Medical and sanitary report of the native army of Bengal for the year
Year: 1874
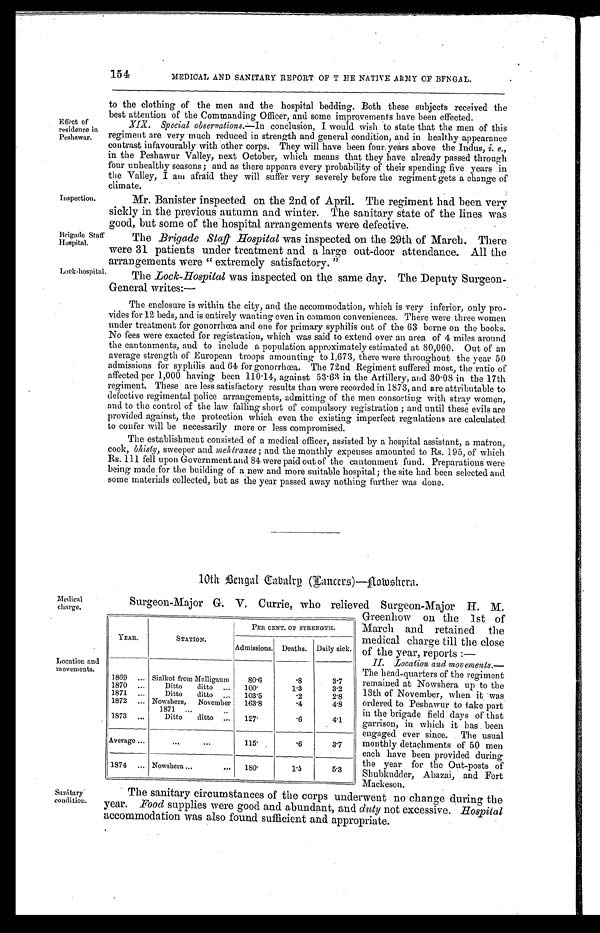
Effect of
residence in
Peshawar.
Inspection.
Brigade Staff
Hospital.
Lock hospital.
Medical
charge.
YEAR.
STATION.
PER CENT. OF STRENGTH.
Admissions. Deaths. Daily sick.
1869
Sialkot from Malligaum
80.6
.8
3.7
1870
Ditto ditto
100.
1.3
3.2
1871
Ditto ditto
103.5
.2
2.8
1872
Nowshera, November
1871
163.8
.4
4.8
1873
Ditto ditto
127.
.6
4.1
Average
115.
.6
3.7
1874
Nowshera
180.
1.5
5.3
Location and
movements.
154
MEDICAL AND SANITARY REPORT OF THE NATIVE ARMY OF BENGAL.
Sanitary
condition.
to the clothing of the men and the hospital bedding. Both these subjects received the
best attention of the Commanding Officer, and some improvements have been effected.
XIX. Special observations. —In conclusion, I would wish to state that the men of this
regiment are very much reduced in strength and general condition, and in healthy appearance
contrast infavourably with other corps. They will have been four years above the Indus, i. e.,
in the Peshawur Valley, next October, which means that they have already passed through
four unhealthy seasons; and as there appears every probability of their spending five years in
the Valley, I am afraid they will suffer very severely before the regiment gets a change of
climate.
Mr. Banister inspected on the 2nd of April. The regiment had been very
sickly in the previous autumn and winter. The sanitary state of the lines was
good, but some of the hospital arrangements were defective.
The Brigade Staff Hospital was inspected on the 29th of March. There
were 31 patients under treatment and a large out-door attendance. All the
arrangements were "extremely satisfactory."
The Lock-Hospital was inspected on the same day. The Deputy Surgeon
-General writes:—
The enclosure is within the city, and the accommodation, which is very inferior, only pro
- v i d e s f o r 1 2 b e d s , a n d i s e n t i r e l y w a n t i n g e v e n i n c o m m o n c o n v e n i e n c e s . T h e r e w e r e t h r e e w o m e n
under treatment for gonorrhœa and one for primary syphilis out of the 63 borne on the books.
No fees were exacted for registration, which was said to extend over an area of 4 miles around
the cantonments, and to include a population approximately estimated at 80,000. Out of an
average strength of European troops amounting to 1,673, there were throughout the year 50
admissions for syphilis and 64 for gonorrhœa. The 72nd Regiment suffered most, the ratio of
affected per 1,000 having been 110.14, against 53.63 in the Artillery, and 30.08 in the 17th
regiment. These are less satisfactory results than were recorded in 1873, and are attributable to
defective regimental police arrangements, admitting of the men consorting with stray women,
and to the control of the law falling short of compulsory registration; and until these evils are
provided against, the protection which even the existing imperfect regulations are calculated
to confer will be necessarily more or less compromised.
The establishment consisted of a medical officer, assisted by a hospital assistant, a matron,
cook, bhisty, sweeper and mehtranee; and the monthly expenses amounted to Rs. 195, of which
Rs. 111 fell upon Government and 84 were paid out of the cantonment fund. Preparations were
being made for the building of a new and more suitable hospital; the site had been selected and
some materials collected, but as the year passed away nothing further was done.
10th Bengal Gabalry (Lancers)—Nowshera.
Surgeon-Major G. V. Currie, who relieved Surgeon-Major H. M.
Greenhow on the 1st of
March and retained the
medical charge till the close
of the year, reports : —
II. Location and movements.
— T h e h e a d - q u a r t e r s o f t h e r e g i m e n t
remained at Nowshera up to the
13th of November, when it was
ordered to Peshawar to take part
in the brigade field days of that
garrison, in which it has been
engaged ever since. The usual
monthly detachments of 50 men
each have been provided during
the year for the Out-posts of
Shubkudder, Abazai, and Fort
Mackeson.
The sanitary circumstances of the corps underwent no change during the
year. Food supplies were good and abundant, and duty not excessive. Hospital
accommodation was also found sufficient and appropriate.